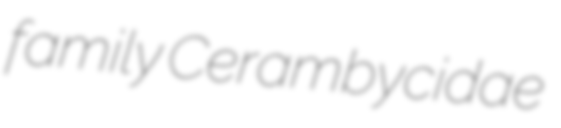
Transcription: family Cerambycidae